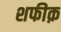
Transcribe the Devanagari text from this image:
शफीक़